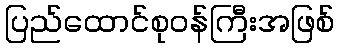
ပြည်ထောင်စုဝန်ကြီးအဖြစ်